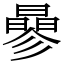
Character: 曑